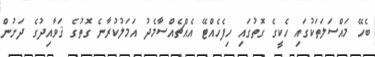
ބެހޭ މައްސަލަތަކުގައި ހެކީގެ ގޮތުގައި ހިފެހެއްޓޭ އެއްޗެއްސާމެދު އަމަލުކުރާނެ ގޮތުގެ ޤަވާއިދުގެ ދަށުން